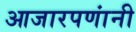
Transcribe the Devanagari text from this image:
आजारपणांनी